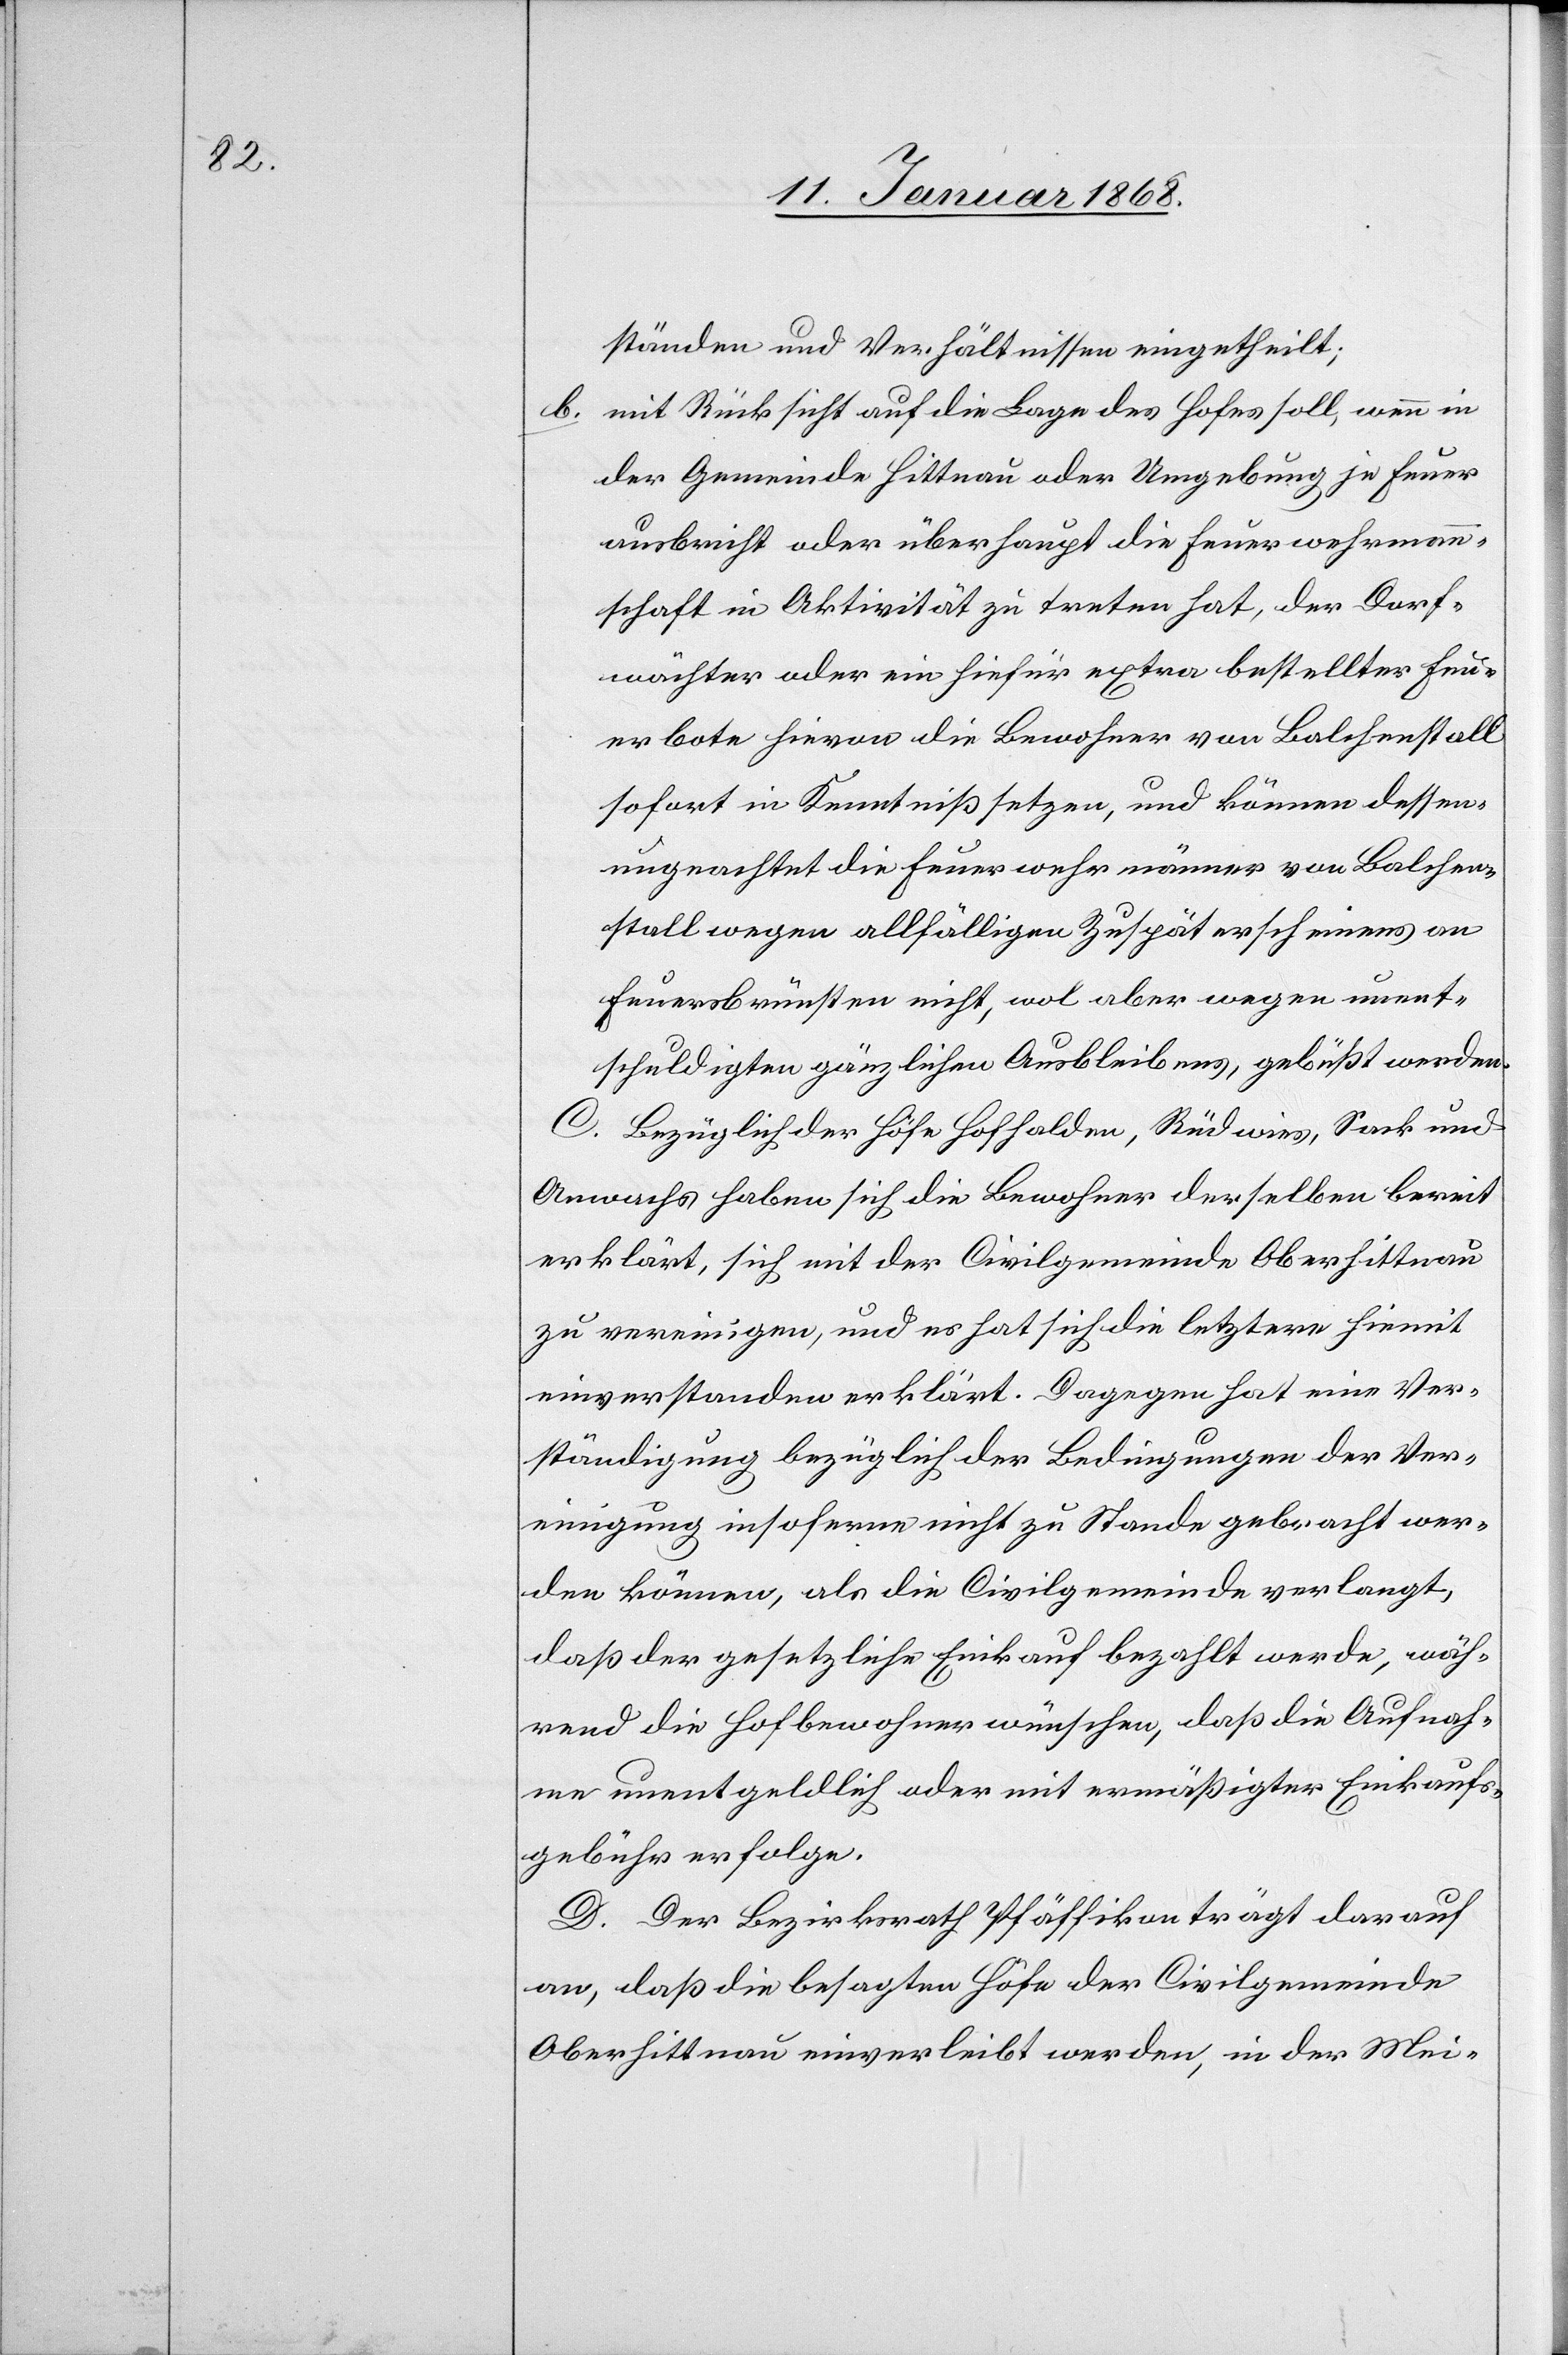
mit Rücksicht auf die Lage des Hofes soll, wenn in
der Gemeinde Hittnau oder Umgebung je Feuer
ausbricht oder überhaupt die Feuerwehrman¬
nschaft in Aktivität zu treten hat, der Dorf¬
wächter oder ein hiefür extra bestellter Feu¬
erbote hievon die Bewohner von Balchenstall
sofort in Kenntniß setzen, und können dessen¬
ungeachtet die Feuerwehrmänner von Balchen¬
stall wegen allfälligen Zuspäterscheinens an
Feuerbrünsten nicht, wol aber wegen unent¬
schuldigten gänzlichen Ausbleibens, gebüßt werden.
C. Bezüglich der Höfe Hofhalden, Rüdwies, Sack und
Anwachs haben sich die Bewohner derselben bereit
erklärt, sich mit der Civilgemeinde Oberhittnau
zu vereinigen, und es hat sich die letztere hiemit
einverstanden erklärt. Dagegen hat eine Ver¬
ständigung bezüglich der Bedingungen der Ver¬
einigung insoferne nicht zu Stande gebracht wer¬
den können, als die Civilgemeinde verlangt,
daß der gesetzliche Einkauf bezahlt werde, wäh¬
rend die Hofbewohner wünschen, daß die Aufnah¬
me unentgeldlich oder mit ermäßigter Einkaufs¬
gebühr erfolge.
D. Der Bezirksrath Pfäffikon trägt darauf
an, daß die besagten Höfe der Civilgemeinde
Oberhittnau einverleibt werden, in der Mei-